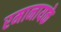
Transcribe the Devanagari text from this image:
रमानायके